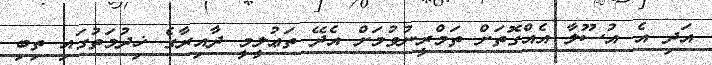
އަދި އެ އުސޫލާ އެއްގޮތަށް ތަމްރީނުވުމަށް އެދޭ ތަޢުލީމީ ދާއިރާގެ ޚިދުމަތުގައި ތިބި